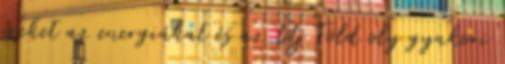
ezeket az energiákat és az Új Föld oly gyakori